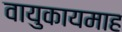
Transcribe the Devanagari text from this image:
वायुकायमाह